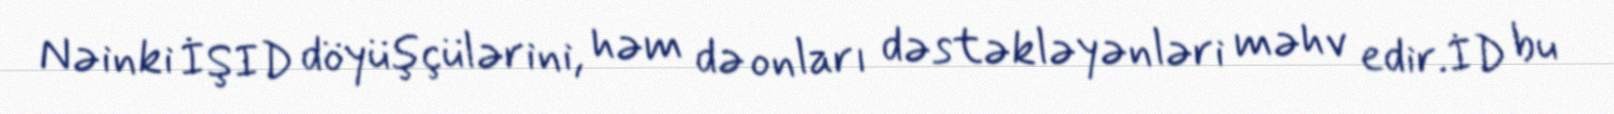
Nəinki İŞID döyüşçülərini, həm də onları dəstəkləyənləri məhv edir.İD bu